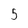
Character: 5